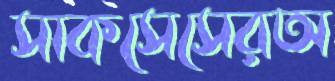
সাকসেসেরঅ